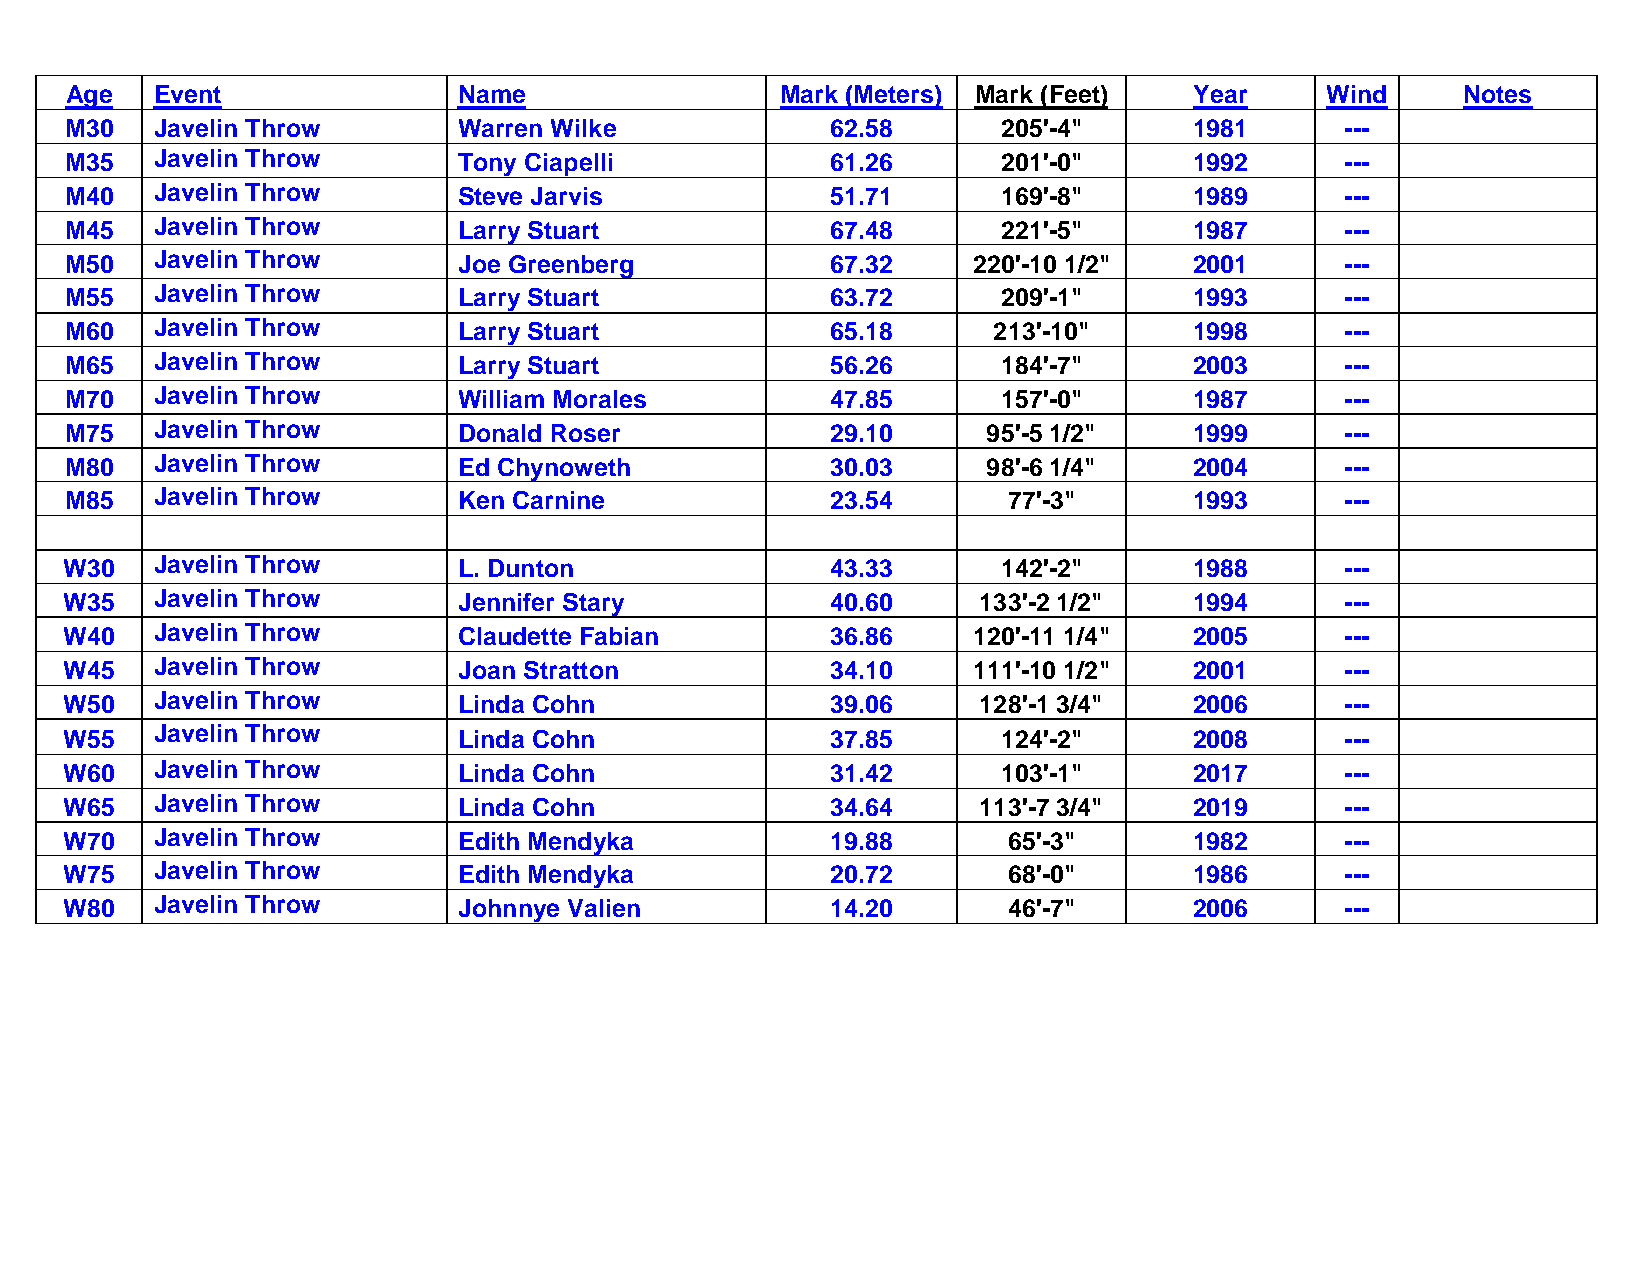
Age   Event               Name                  Mark (Meters) Mark (Feet)  Year     Wind     Notes
 M30   Javelin Throw       Warren Wilke             62.58      205'-4"      1981      ---
 M35   Javelin Throw       Tony Ciapelli            61.26      201'-0"      1992      ---
 M40   Javelin Throw       Steve Jarvis             51.71      169'-8"      1989      ---
 M45   Javelin Throw       Larry Stuart             67.48      221'-5"      1987      ---
 M50   Javelin Throw       Joe Greenberg            67.32    220'-10 1/2"   2001      ---
 M55   Javelin Throw       Larry Stuart             63.72      209'-1"      1993      ---
 M60   Javelin Throw       Larry Stuart             65.18      213'-10"     1998      ---
 M65   Javelin Throw       Larry Stuart             56.26      184'-7"      2003      ---
 M70   Javelin Throw       William Morales          47.85      157'-0"      1987      ---
 M75   Javelin Throw       Donald Roser             29.10     95'-5 1/2"    1999      ---
 M80   Javelin Throw       Ed Chynoweth             30.03     98'-6 1/4"    2004      ---
 M85   Javelin Throw       Ken Carnine              23.54       77'-3"      1993      ---
 W30   Javelin Throw       L. Dunton                43.33      142'-2"      1988      ---
 W35   Javelin Throw       Jennifer Stary           40.60     133'-2 1/2"   1994      ---
 W40   Javelin Throw       Claudette Fabian         36.86    120'-11 1/4"   2005      ---
 W45   Javelin Throw       Joan Stratton            34.10    111'-10 1/2"   2001      ---
 W50   Javelin Throw       Linda Cohn               39.06     128'-1 3/4"   2006      ---
 W55   Javelin Throw       Linda Cohn               37.85      124'-2"      2008      ---
 W60   Javelin Throw       Linda Cohn               31.42      103'-1"      2017      ---
 W65   Javelin Throw       Linda Cohn               34.64     113'-7 3/4"   2019      ---
 W70   Javelin Throw       Edith Mendyka            19.88       65'-3"      1982      ---
 W75   Javelin Throw       Edith Mendyka            20.72       68'-0"      1986      ---
 W80   Javelin Throw       Johnnye Valien           14.20       46'-7"      2006      ---